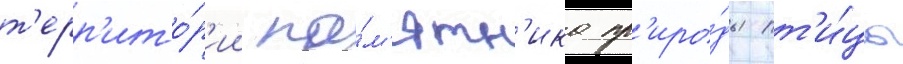
т'ерр'ито́р'ии па́м'ятн'ика пр'иро́ды пт'и́цы